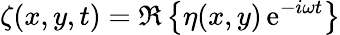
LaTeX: \zeta(x,y,t)=\Re\left\{ \eta(x,y)\, {\mathrm{e}}^{-i\omega t}\right\}